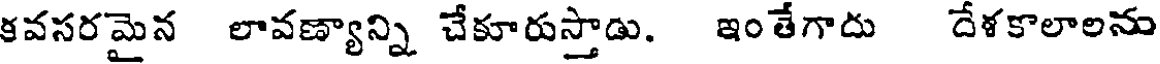
కవసరమైన లావణ్యాన్ని చేకూరుస్తాడు. ఇంతేగాదు దేళకాలాలను